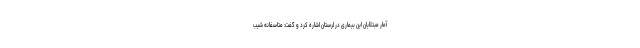
آمار مبتلایان این بیماری در لرستان اشاره کرد و گفت: متاسفانه شیب